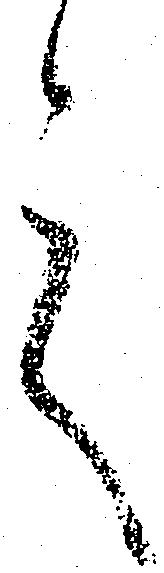
言